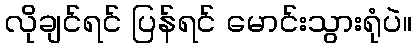
လိုချင်ရင် ပြန်ရင် မောင်းသွားရုံပဲ။